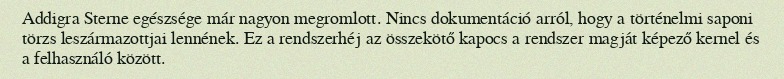
Addigra Sterne egészsége már nagyon megromlott. Nincs dokumentáció arról, hogy a történelmi saponi törzs leszármazottjai lennének. Ez a rendszerhéj az összekötő kapocs a rendszer magját képező kernel és a felhasználó között.